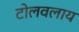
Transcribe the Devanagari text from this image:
टोलवलाय